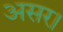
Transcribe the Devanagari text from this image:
असर।